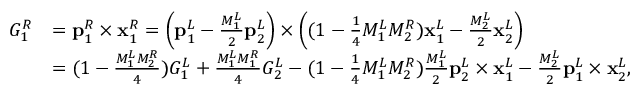
\begin{array} { r l } { G _ { 1 } ^ { R } } & { = \mathbf { p } _ { 1 } ^ { R } \times \mathbf { x } _ { 1 } ^ { R } = \left( \mathbf { p } _ { 1 } ^ { L } - \frac { M _ { 1 } ^ { L } } { 2 } \mathbf { p } _ { 2 } ^ { L } \right) \times \left( ( 1 - \frac { 1 } { 4 } M _ { 1 } ^ { L } M _ { 2 } ^ { R } ) \mathbf { x } _ { 1 } ^ { L } - \frac { M _ { 2 } ^ { L } } { 2 } \mathbf { x } _ { 2 } ^ { L } \right) } \\ & { = ( 1 - \frac { M _ { 1 } ^ { L } M _ { 2 } ^ { R } } { 4 } ) G _ { 1 } ^ { L } + \frac { M _ { 1 } ^ { L } M _ { 1 } ^ { R } } { 4 } G _ { 2 } ^ { L } - ( 1 - \frac { 1 } { 4 } M _ { 1 } ^ { L } M _ { 2 } ^ { R } ) \frac { M _ { 1 } ^ { L } } { 2 } \mathbf { p } _ { 2 } ^ { L } \times \mathbf { x } _ { 1 } ^ { L } - \frac { M _ { 2 } ^ { L } } { 2 } \mathbf { p } _ { 1 } ^ { L } \times \mathbf { x } _ { 2 } ^ { L } , } \end{array}